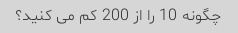
چگونه 10 را از 200 کم می کنید؟